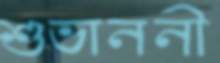
শুভাননী